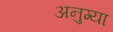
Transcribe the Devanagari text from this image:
अनुग्या